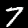
Digit: 7